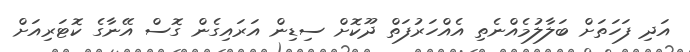
އަދި ފަހަތަށް ބަލާލުމެއްނެތި އެއްހަރުފަތް ދޫކޮށް ސިޑިން އަރައިގެން ގޮސް އޭނާގެ ކޮޓަރިއަށް